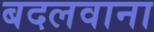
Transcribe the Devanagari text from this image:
बदलवाना